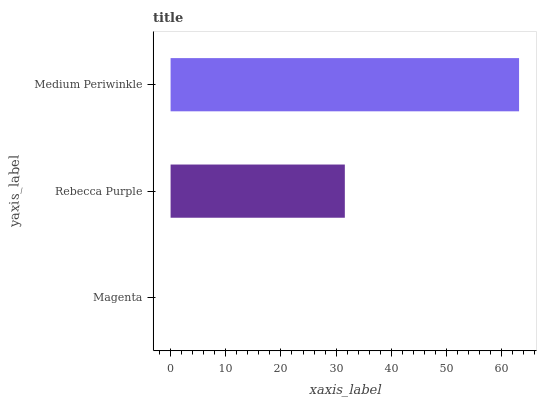
| yaxis_label | bars |
 | --- | --- |
 | Magenta | 0 |
 | Rebecca Purple | 31.6 |
 | Medium Periwinkle | 63.2 |